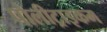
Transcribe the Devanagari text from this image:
पोलीट्राइकम